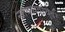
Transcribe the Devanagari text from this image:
न्यायव्यवस्थेवर